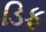
ડિફ